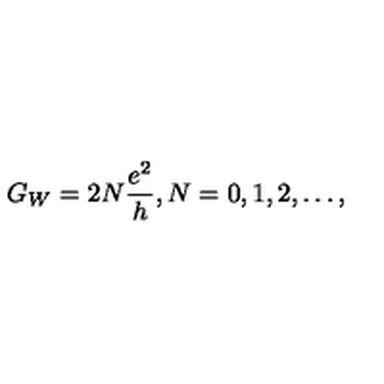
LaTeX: G _ { W } = 2 N \frac { e ^ { 2 } } { h } , N = 0 , 1 , 2 , \ldots ,